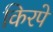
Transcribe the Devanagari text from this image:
किरपे